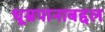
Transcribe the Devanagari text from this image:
धूम्रपानाबद्दल